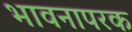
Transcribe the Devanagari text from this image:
भावनापरक